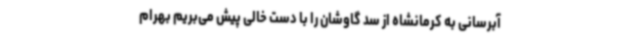
آبرسانی به کرمانشاه از سد گاوشان را با دست خالی پیش می‌بریم بهرام